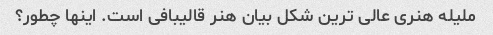
ملیله هنری عالی ترین شکل بیان هنر قالیبافی است. اینها چطور؟